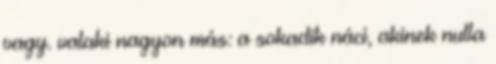
vagy. valaki nagyon más: a sokadik náci, akinek nulla